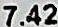
7.42